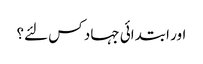
اور ابتدائی جہاد کس لئے؟